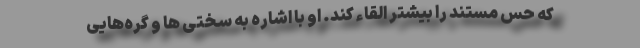
که حس مستند را بیشتر القاء کند. او با اشاره به سختی ها و گره‌هایی